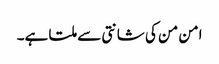
امن من کی شانتی سے ملتا ہے۔